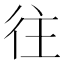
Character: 往